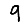
Digit: 9